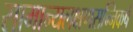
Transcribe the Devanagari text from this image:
सामान्यलक्षणसन्निकर्ष